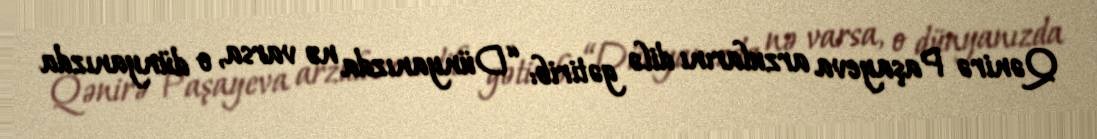
Qənirə Paşayeva arzularını dilə gətirib: “Dünyanızda nə varsa, o dünyanızda